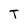
Character: T